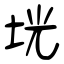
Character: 垙